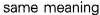
same meaning